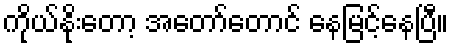
ကိုယ်နိုးတော့ အတော်တောင် နေမြင့်နေပြီ။